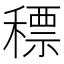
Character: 䅺